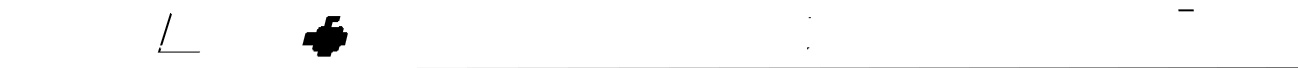
挲倚巷匿汚犢·色㡬額贵渌窗迨逮再愕鶯鄢詆紋閏蕐縞囦丞